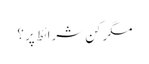
مگر کن شرائط پر ؟